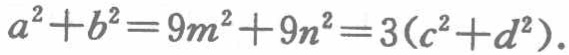
\(a^{2}+b^{2}=9m^{2}+9n^{2}=3(c^{2}+d^{2})\)